Annual statistical returns and brief notes on vaccination in Bengal - 1887-1898
Year: 1887
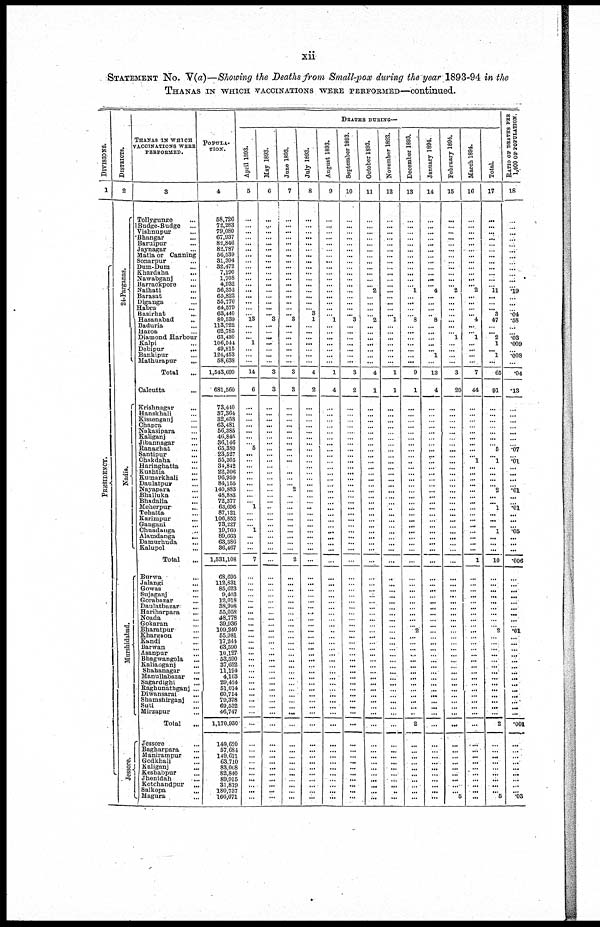
xii
STATEMENT NO. V(a)—Showing the Deaths from Small-pox during the year 1893-94 in the
THANAS IN WHICH VACCINATIONS WERE PERFORMED—continued.
DIVISIONS.
1
PRESIDENCY.
DISTRICTS.
2
24-Parganas.
Nadia.
Murshidabad.
J essore.
THANAS IN WHICH
VACCINATIONS WERE
PERFORMED.
3
Tollygunge ...
Budge-Budge ...
Vishnupur ...
Bhangar ...
Baruipur ...
Jaynagar ...
Matla or Canning
Sonarpur ...
Dum-Dum ...
Khardaha
...
Nawabganj ...
Barrackpore ...
Naihati
...
Barasat ...
Diganga ...
Habra ...
Basirhat ...
Hasanabad ...
Baduria ...
Haroa ...
Diamond, Harbour
Kalpi ...
Debipur ...
Bankipur ...
Mathurapur
...
Total ...
Calcutta ...
Krishnagar ...
Hanskhali ...
Kissenganj ...
Chapra ...
Nukasipara ...
Kaliganj ...
Jibannagar ...
Ranaghat ...
Santipur ...
Chakdaha ...
Haringhatta ...
Kushtia ...
Kumarkhali ...
Daulatpur ...
Nayapara ...
Bhalluka ...
Bhadalia ...
Meherpur
...
Tehatta ...
Karimpur ...
Gangani ...
Chuadanga ...
Alamdanga
...
Damurbuda ...
Kalupol ...
Total ...
Burwa ...
Jalangi ...
Gowas ...
Sujaganj ...
Gorabazar ...
Daulatbazar ...
Hariharpara
...
Noada ...
Gokaran ...
Bharatpur ...
Khargaon ...
Kandi ...
Barwan ...
Asanpur ...
Bhagwangola ...
Kaliaoganj ...
Shahanagar ...
Manullabazar
...
Sagardighi ...
Raghunathganj ...
Diwansarai ...
Shamshirganj ...
Suti ...
Mirzapur ...
Total ...
Jessore ...
Bagharpara ...
Manirampur
...
Godkhali ...
Kaliganj ...
Keshabpur ...
Jhenidah ...
Kotchandpur ...
Salkopa ...
Magura ...
POPULA-
TION.
4
58,726
72,283
79,080
67,937
82,846
82,787
56,539
31,304
32,472
7,190
1,708
4,932
56,352
65,822
55,776
64,579
63,440
80,539
113,722
62,785
63,430
106,544
49,815
124,453
58,638
1,543,699
681,560
73,440
37,364
32,658
63,481
56,385
46,845
36,146
65,380
23,527
55,305
34,842
22,306
96,959
84,155
140,883
48,883
72,377
63,696
87,121
106,852
73,227
19,760
89,663
63,386
36,467
1,531,108
68,695
112,831
85,623
9,403
12,018
38,998
55,058
48,778
39,936
109,240
55,981
17,244
63,590
10,127
53,590
37,652
11,194
4,163
29,424
51,014
60,714
79,378
69,532
46,747
1,170,930
149,620
57,684
149,611
63,710
83,068
82,840
89,915
31,819
180,737
166,071
DEATHS DURING—
April 1893.
5
...
...
...
...
...
...
...
...
...
...
...
...
...
...
...
...
...
13
...
...
...
1
...
...
...
14
6
...
...
...
...
...
...
...
5
...
...
...
...
...
...
...
...
...
1
...
...
...
1
...
...
...
7
...
...
...
...
...
...
...
...
...
...
...
...
...
...
...
...
...
...
...
...
...
...
...
...
...
...
...
...
...
...
...
...
...
...
...
May 1893.
6
...
...
...
...
...
...
...
...
...
...
...
...
...
...
...
...
...
3
...
...
...
...
...
...
...
3
3
...
...
...
...
...
...
...
...
...
...
...
...
...
...
...
...
...
...
...
...
...
...
...
...
...
...
...
...
...
...
...
...
...
...
...
...
...
...
...
...
...
...
...
...
...
...
...
...
...
...
...
...
...
...
...
...
...
...
...
...
...
Jane 1893.
7
...
...
...
...
...
...
...
...
...
...
...
...
...
...
...
...
...
3
...
...
...
...
...
...
...
3
3
...
...
...
...
...
...
...
...
...
...
...
...
...
...
2
...
...
...
...
...
...
...
...
...
...
2
...
...
...
...
...
...
...
...
...
...
...
...
...
...
...
...
...
...
...
...
...
...
...
...
...
...
...
...
...
...
...
...
...
...
...
July 1893.
8
...
...
...
...
...
...
...
...
...
...
...
...
...
...
...
...
3
1
...
...
...
...
...
...
...
4
2
...
...
...
...
...
...
...
...
...
...
...
...
...
...
...
...
...
...
...
...
...
...
...
...
...
...
...
...
...
...
...
...
...
...
...
...
...
...
...
...
...
...
...
...
...
...
...
...
...
...
...
...
...
...
...
...
...
...
...
...
...
August 1893.
9
...
...
...
...
...
...
...
...
...
...
...
...
...
...
...
...
...
1
...
...
...
...
...
...
...
1
4
...
...
...
...
...
...
...
...
...
...
...
...
...
...
...
...
...
...
...
...
...
...
...
...
...
...
...
...
...
...
...
...
...
...
...
...
...
...
...
...
...
...
...
...
...
...
...
...
...
...
...
...
...
...
...
...
...
...
...
... ...
September 1893.
10
...
...
...
...
...
...
...
...
...
...
...
...
...
...
...
...
... 3
...
...
...
...
...
...
...
3
2
...
...
...
...
...
...
...
...
...
...
...
...
...
...
...
...
...
...
...
...
...
...
...
...
...
...
...
...
...
...
...
...
...
...
...
...
...
...
...
...
...
...
...
...
...
...
...
...
...
...
...
...
...
...
...
...
...
...
...
...
...
October 1893.
11
...
...
...
...
...
...
...
...
...
...
...
...
2
...
...
...
...
2
...
...
...
...
...
...
...
4
1
...
...
...
...
...
...
...
...
...
...
...
...
...
...
...
...
...
...
...
...
...
...
...
...
...
...
...
...
...
...
...
...
...
...
...
...
...
...
...
...
...
...
...
...
...
...
...
...
...
...
...
...
...
...
...
...
...
...
...
...
...
November 1893.
12
...
...
...
...
...
...
...
...
...
...
...
...
...
...
...
...
...
1
...
...
...
...
...
...
...
1
1
...
...
...
...
...
...
...
...
...
...
...
...
...
...
...
...
...
...
...
...
...
...
...
...
...
...
...
...
...
...
...
...
...
...
...
...
...
...
...
...
...
...
...
...
...
...
...
...
...
...
...
...
...
...
...
...
...
...
...
...
...
December 1893.
13
...
...
...
...
...
...
...
...
...
...
...
...
1
...
...
...
...
8
...
...
...
...
...
...
...
9
1
...
...
...
...
...
...
...
...
...
...
...
...
...
...
...
...
...
...
...
...
...
...
...
...
...
...
...
...
...
...
...
...
...
...
...
2
...
...
...
...
...
...
...
...
...
...
...
...
...
...
2
...
...
...
...
...
...
...
...
...
...
January 1894.
14
...
...
...
...
...
...
...
...
...
...
...
...
4
...
...
...
...
8
...
...
...
...
...
1
...
13
4
...
...
...
...
...
...
...
...
...
...
...
...
...
...
...
...
...
...
...
...
...
...
...
...
...
...
...
...
...
...
...
...
...
...
...
...
...
...
...
...
...
...
...
...
...
...
...
...
...
...
...
...
...
...
...
...
...
...
...
...
...
February 1894.
15
...
...
...
...
...
...
...
...
...
...
...
...
2
...
...
...
...
...
...
...
1
...
...
...
...
3
20
...
...
...
...
...
...
...
...
...
...
...
...
...
...
...
...
...
...
...
...
...
...
...
...
...
...
...
...
...
...
...
...
...
...
...
...
...
...
...
...
...
...
...
...
...
...
...
...
...
...
...
...
...
...
...
...
...
...
...
...
5
March 1894.
16
...
...
...
...
...
...
...
...
...
...
...
...
2
...
...
...
...
4
...
...
1
...
...
...
...
7
44
...
...
...
...
...
...
...
...
...
1
...
...
...
...
...
...
...
...
...
...
...
...
...
...
...
1
...
...
...
...
...
...
...
...
...
...
...
...
...
...
...
...
...
...
...
...
...
...
...
...
...
...
...
...
...
...
...
...
...
...
...
Total.
17
...
...
...
...
...
...
...
...
...
...
...
...
11
...
...
... 3
47
...
...
2
1
... 1
...
65
91
...
...
...
...
...
...
...
5
...
1
...
...
...
...
2
...
...
1
...
...
...
1
...
...
...
10
...
...
...
...
...
...
...
...
...
2
...
...
...
...
...
...
...
...
...
...
...
...
...
...
2
...
...
...
...
...
...
...
...
... 5
RATIO OF DEATHS PER
1,000 OF POPULATION.
18
...
...
...
...
...
...
...
...
...
...
...
...
.19
...
...
...
.04
.58
...
...
.03
.009
...
.008
...
.04
.13
...
...
...
...
...
...
...
.07
...
.01
...
...
...
...
.01
...
...
.01
...
...
...
.05
...
...
...
.006
...
...
...
...
...
...
...
...
...
.01
...
...
...
...
...
...
...
...
...
...
...
...
...
...
.001
...
...
...
...
...
...
...
...
... .03